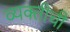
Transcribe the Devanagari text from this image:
व्‍यक्‍तीची